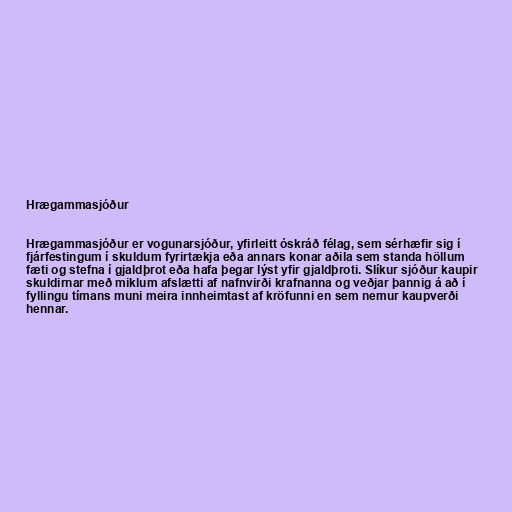
Hrægammasjóður

Hrægammasjóður er vogunarsjóður, yfirleitt óskráð félag, sem sérhæfir sig í
fjárfestingum í skuldum fyrirtækja eða annars konar aðila sem standa höllum
fæti og stefna í gjaldþrot eða hafa þegar lýst yfir gjaldþroti. Slíkur sjóður kaupir
skuldirnar með miklum afslætti af nafnvirði krafnanna og veðjar þannig á að í
fyllingu tímans muni meira innheimtast af kröfunni en sem nemur kaupverði
hennar.